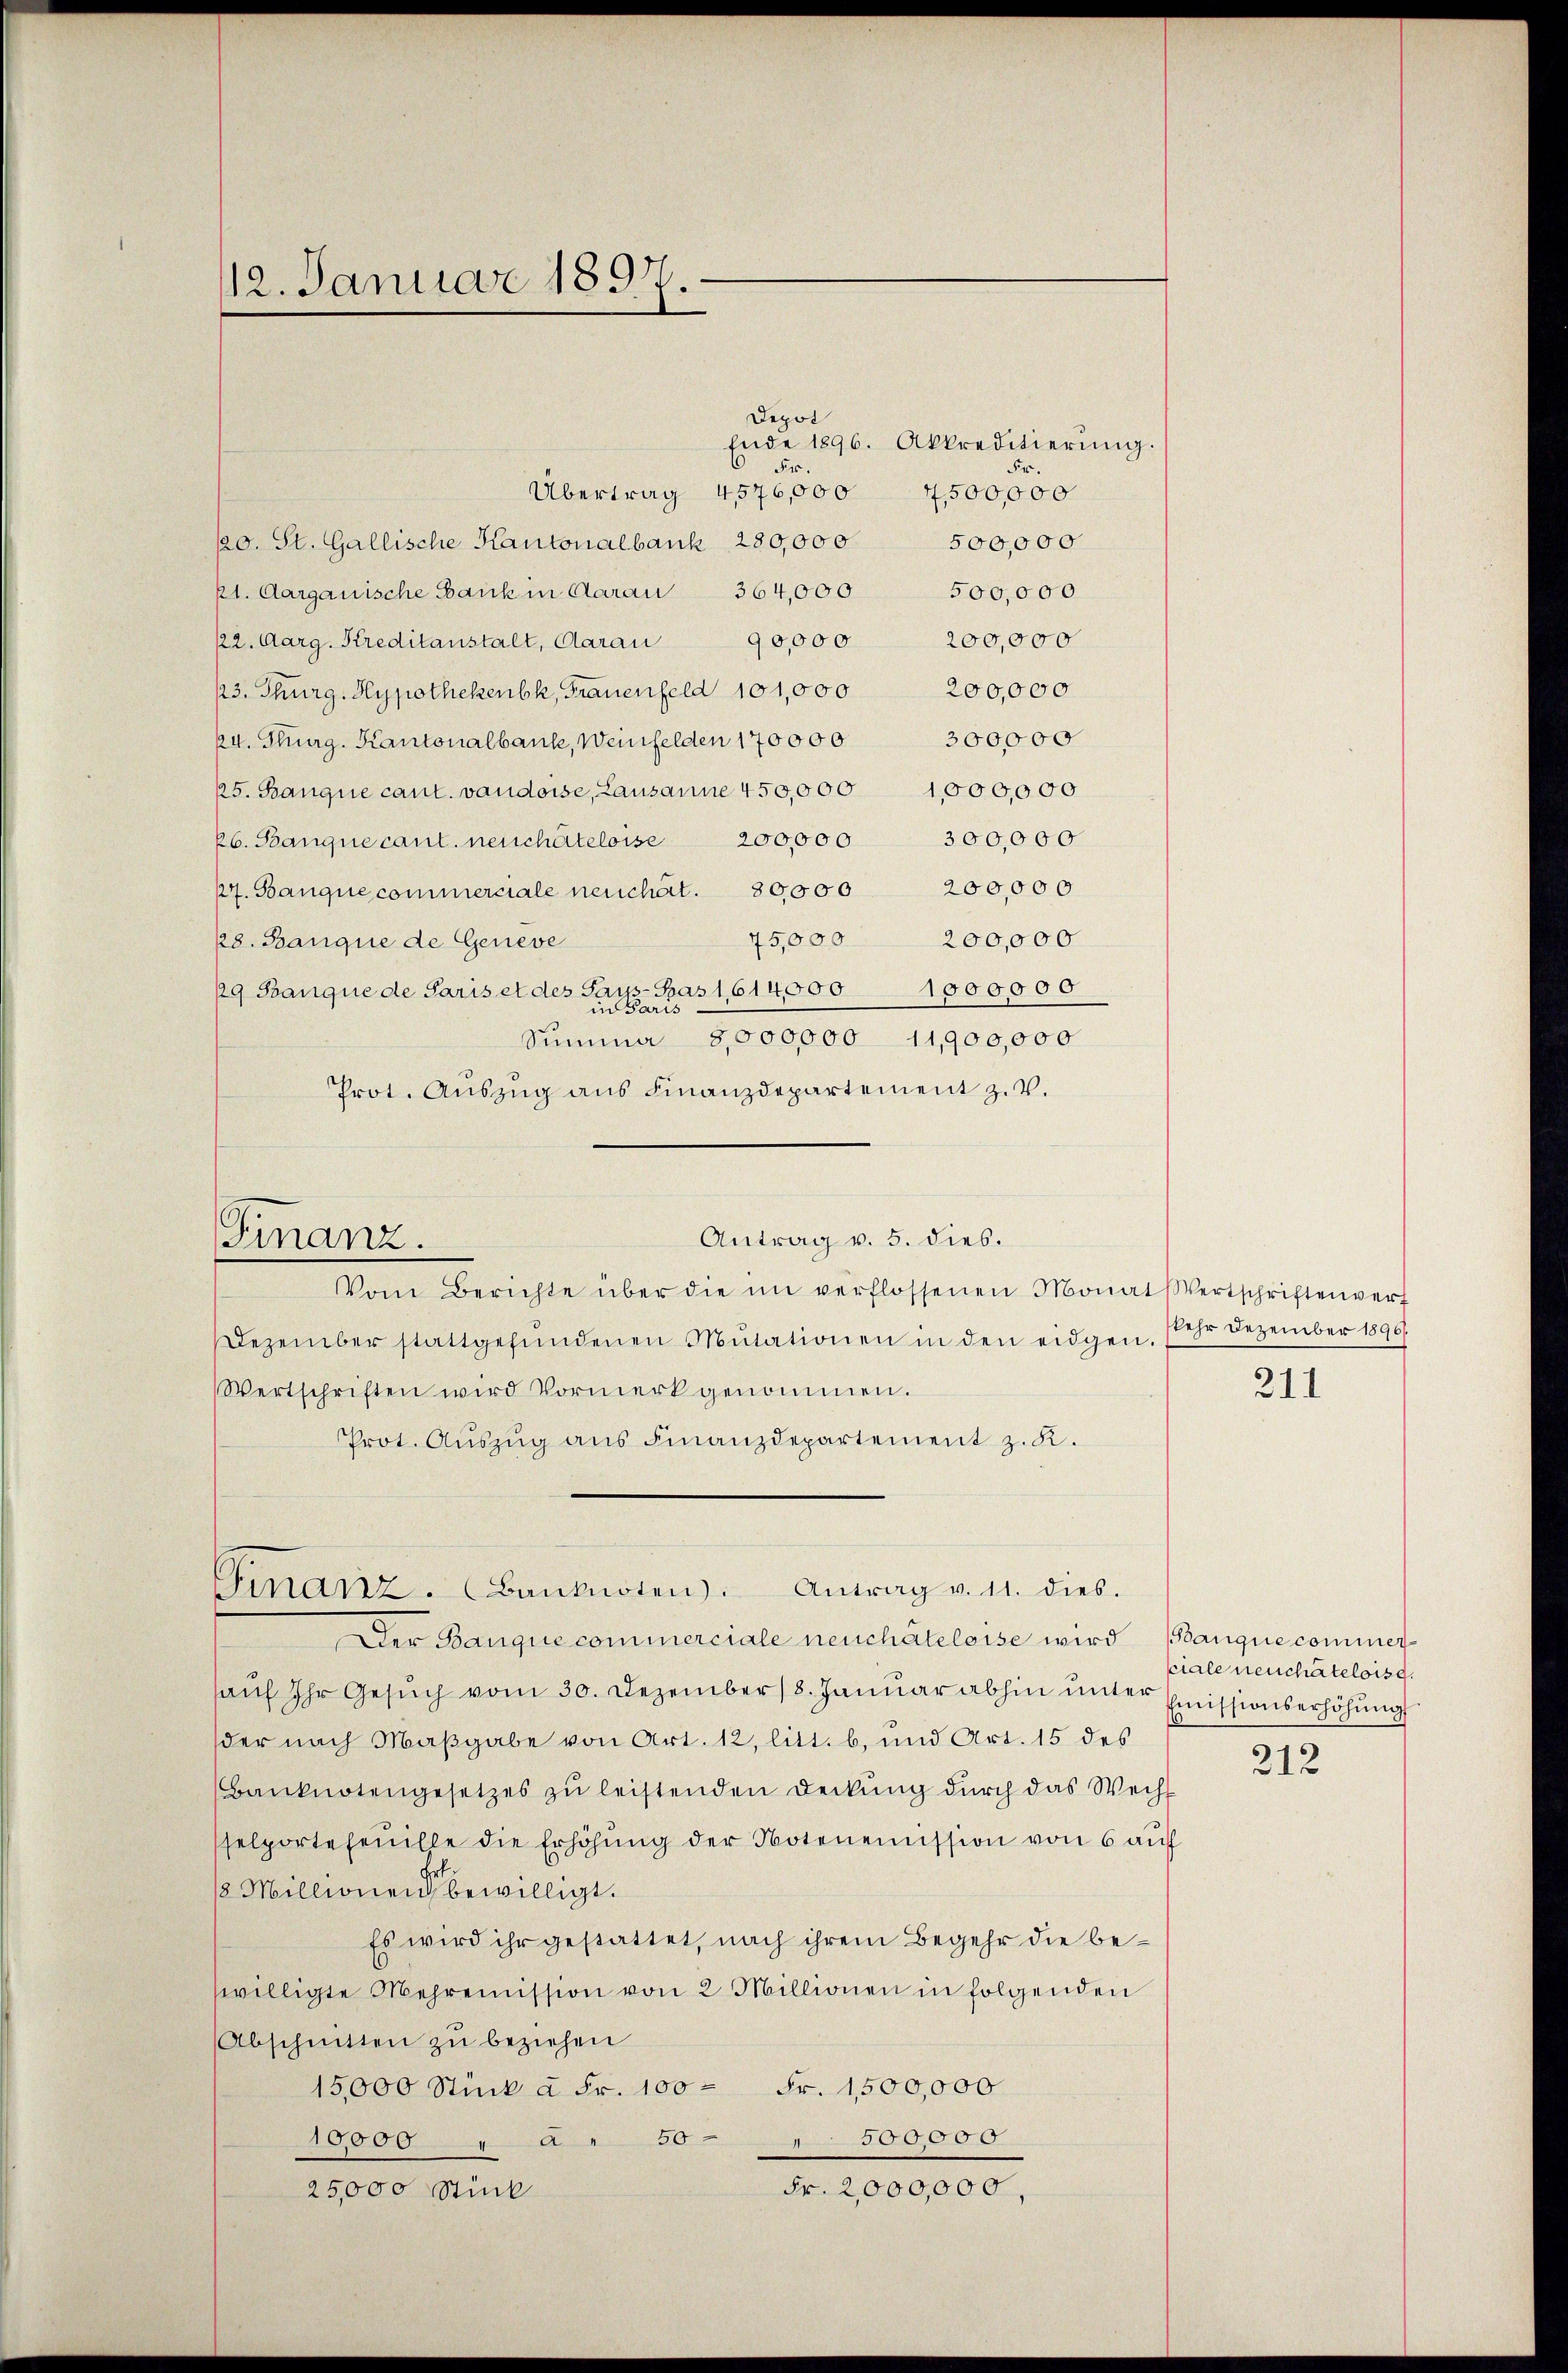
12. Januar 1897

Finanz.

Ende 1896. Akkreditierung.

Fr.
Übertrag 4576,000
7,500,000
60. St. Gallische Kantonalbank 280,000
500,000
kt. Aargauische Bank in Aarau 364,000 500,000
22. Aarg. Kreditanstalt, Aarau 90,000 200,000
13. Thurg. Hypothekenbk, Frauenfeld 101,000 200,000
4. Thurg. Kantonalbanke, Weinfelden 170000 300000
25. Banque cant. vaudoise, Lausanne 450,000 1000,000
kb. Banque cant. neuchâteloise 200,000 300,000
kr. Banque commerciale neuchart. 80000 200,000
75,000 200,000
28. Banque de Geneve
19 Banque de Paris et des Saus-Bas 1,614000 1900000
in Paris
Summa 8,000,000 11,900,000
Prot. Auszug aus Finanzdepartement z. v.
Antrag v. 5. dies.
Vom Berichte über die im verflossenen Monats Wertschriften verf
Dezember stattgefŭndenen Mutationen in den eidgen. sehr Dezember 1890.
Wertschriften wird Vormerk genommen.
Prot. Aŭszŭg aŭs Finanzdepartement z. K.
Ginanz. (Banknoten. Antrag v. 11. dies.
Der Banque commerciale neuchâteleise wird (Banque commeraŭf Ihr Gesŭch vom 30. Dezember 18. Janŭar abhin ŭnter Emissionserhöhŭng
der nach Maßgabe von Art. 12, litt. b, und Art. 15 des
Banknotengesetzes zŭ leistenden Deckŭng dŭrch das Wechs
selporteseuille die Erhöhung der Notenemission von 6 auf
2 Millionen bewilligt.
Es wird ihr gestattet, nach ihrem Begehr die be¬
C
willigte Mehrenission von 2 Millionen in folgenden
Abschnitten zu beziehen
15,000 Stück à Fr. 100 = Fr. 1500,000
500,000
10000 " " 50
Fr. 2,000,000,
25,000 Stück

Depot

211

ciale neuchâteloise.

212